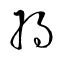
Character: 將